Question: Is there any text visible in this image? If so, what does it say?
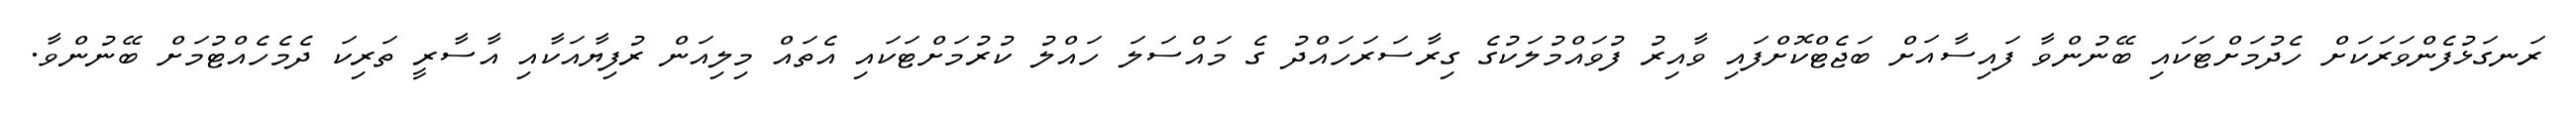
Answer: ރަނގަޅުފެންވަރަކަށް ހެދުމަށްޓަކައި ބޭނުންވާ ފައިސާއަށް ބަޖެޓްކޮށްފައި ވާއިރު ފުވައްމުލަކުގެ ގިރާސަރަހައްދު ގެ މައްސަލަ ހައްލު ކުރުމަށްޓަކައި އެތައް މިލިއަން ރުފިޔާއަކާއި އާސާރީ ތަރިކަ ދެމެހެއްޓުމަށް ބޭނުންވާ.